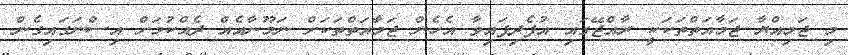
މި ޖަމިއްޔާ ޖަމާއަތްތަކަކީ ރާއްޖޭގައި އުފެދިފައިވާ އެހެން ޖަމާއަތްތަކަށް ނަމޫނާއެއް ދެއްކުމަށް އިސްނަގައިގެން